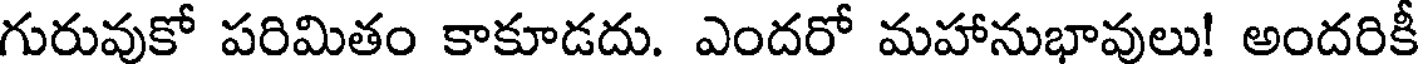
గురువుకో పరిమితం కాకూడదు. ఎందరో మహానుభావులు! అందరికీ